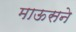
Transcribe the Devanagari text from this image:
माऊसने